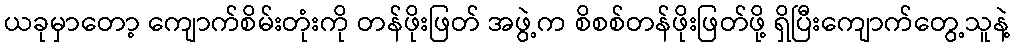
ယခုမှာတော့ ကျောက်စိမ်းတုံးကို တန်ဖိုးဖြတ် အဖွဲ့က စိစစ်တန်ဖိုးဖြတ်ဖို့ ရှိပြီးကျောက်တွေ့သူနဲ့